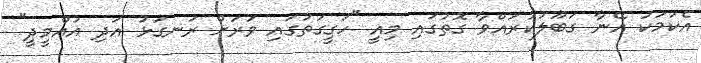
އެކަމަކު އޭނާ ގަބޫލުކުރައްވާ ގޮތުގައި މިއީ "ހަގީގަތުގައި ވަރަށް ރަނގަޅު އަދި އުއްމީދީ"